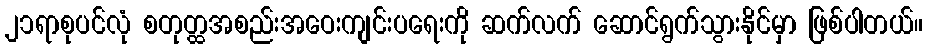
၂၁ရာစုပင်လုံ စတုတ္ထအစည်းအဝေးကျင်းပရေးကို ဆက်လက် ဆောင်ရွက်သွားနိုင်မှာ ဖြစ်ပါတယ်။